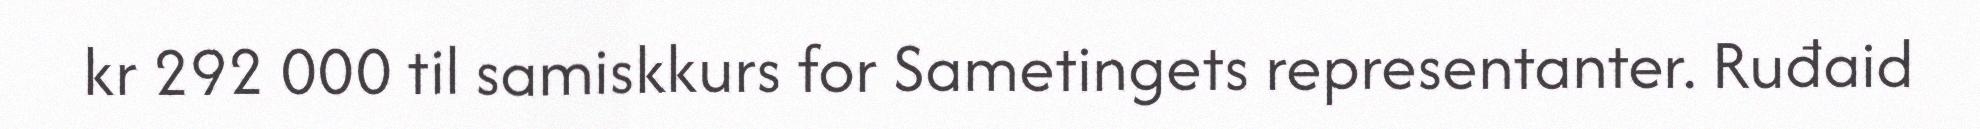
kr 292 000 til samiskkurs for Sametingets representanter. Ruđaid